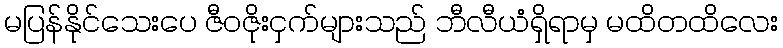
မပြန်နိုင်သေးပေ ဇီဝဇိုးငှက်များသည် ဘီလီယံရှိရာမှ မထိတထိလေး